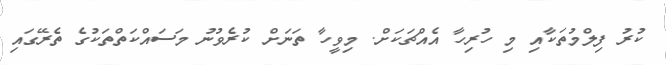
ކުރު ފިލްމުތަކާއި މި ހުރިހާ އެއްޗަކަށް. މިވީހާ ތަނަށް ކުރެވުނު މަސައްކަތްތަކުގެ ތެރޭގައި